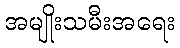
အမျိုးသမီးအရေး